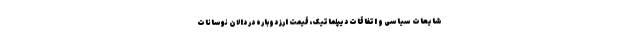
شایعات سیاسی و اتفاقات دیپلماتیک، قیمت ارز دوباره در دالان نوسانات